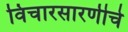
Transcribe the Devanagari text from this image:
विचारसारणीचे